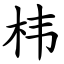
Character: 㭏